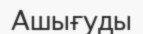
Ашығуды